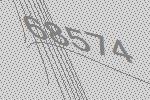
68574